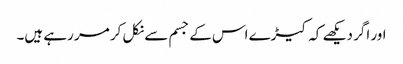
اور اگر دیکھے کہ کیڑے اس کے جسم سے نکل کر مر رہے ہیں۔